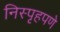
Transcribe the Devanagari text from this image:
निस्पृहपणे